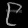
Digit: ၉